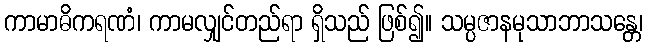
ကာမာဓိကရဏံ၊ ကာမလျှင်တည်ရာ ရှိသည် ဖြစ်၍။ သမ္ပဇာနမုသာဘာသန္တေ၊